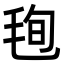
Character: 毥